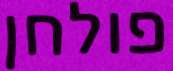
פולחן